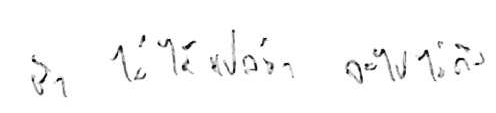
ช้า ไม่ได้แปลว่า จะไปไม่ถึง